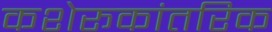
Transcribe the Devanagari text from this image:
कशेरूकांतरिक